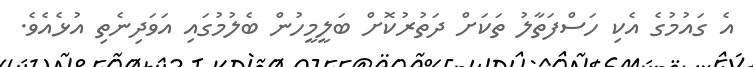
އެ ގައުމުގެ އެކި ހަސްފަތާލު ތަކަށް ދަތުރުކޮށް ބަލީމީހުން ބެލުމުގައި އަވަދިނެތި އުޅެއެވެ.